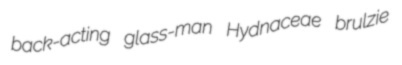
back-acting glass-man Hydnaceae brulzie